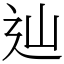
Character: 辿